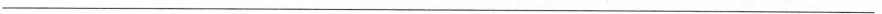
___